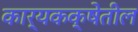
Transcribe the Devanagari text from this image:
कार्यकक्षेतील